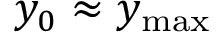
y _ { 0 } \approx y _ { \mathrm { { m a x } } }